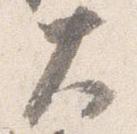
大